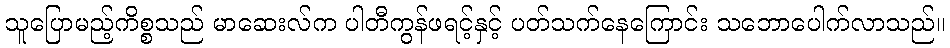
သူပြောမည့်ကိစ္စသည် မာဆေးလ်က ပါတီကွန်ဖရင့်နှင့် ပတ်သက်နေကြောင်း သဘောပေါက်လာသည်။